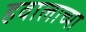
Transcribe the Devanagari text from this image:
हवालाच्या